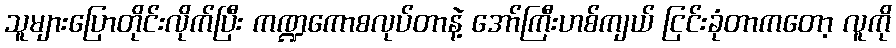
သူများပြောတိုင်းလိုက်ပြီး ကဏ္ဍကောစလုပ်တာနဲ့ အော်ကြီးဟစ်ကျယ် ငြင်းခုံတာကတော့ လူကို